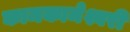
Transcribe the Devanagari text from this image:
कामकामेश्वरी